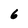
Character: 6